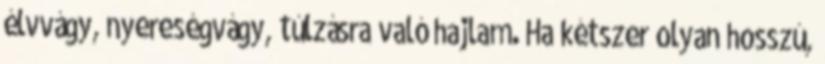
élvvágy, nyereségvágy, túlzásra való hajlam. Ha kétszer olyan hosszú,